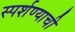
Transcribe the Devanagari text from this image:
स्पर्शण्याची